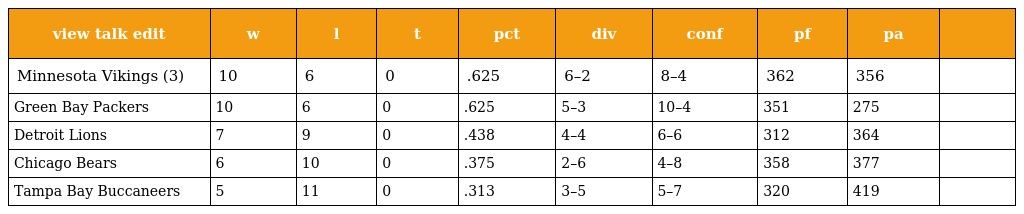
| view talk edit | w | l | t | pct | div | conf | pf | pa |  |
 | --- | --- | --- | --- | --- | --- | --- | --- | --- | --- |
 | Minnesota Vikings (3) | 10 | 6 | 0 | .625 | 6–2 | 8–4 | 362 | 356 |  |
 | Green Bay Packers | 10 | 6 | 0 | .625 | 5–3 | 10–4 | 351 | 275 |  |
 | Detroit Lions | 7 | 9 | 0 | .438 | 4–4 | 6–6 | 312 | 364 |  |
 | Chicago Bears | 6 | 10 | 0 | .375 | 2–6 | 4–8 | 358 | 377 |  |
 | Tampa Bay Buccaneers | 5 | 11 | 0 | .313 | 3–5 | 5–7 | 320 | 419 |  |